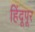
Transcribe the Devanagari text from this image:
हिंदूपूर